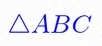
\triangle ABC